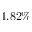
4 . 8 2 \%